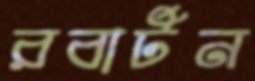
রবার্টন